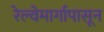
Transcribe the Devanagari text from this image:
रेल्वेमार्गापासून